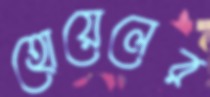
হোয়েলের